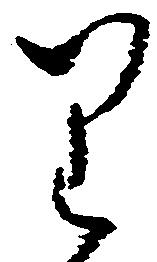
り